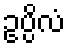
ဥပ္ပိလံ